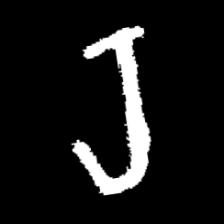
Pyu character \u2014 Myanmar letter: ရ (romanized: ra)